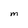
Character: M